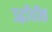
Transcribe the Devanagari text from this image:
उद्धॉवॉक